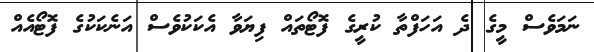
ނަމަވެސް މީގެ ދެ އަހަފްތާ ކުރީގެ ފޮޓޯތައް ފިޔަވާ އެކަކުވެސް އަނެކަކުގެ ފޮޓޯއެއް